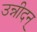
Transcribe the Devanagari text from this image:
उन्नीदन्